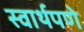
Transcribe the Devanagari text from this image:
स्वार्थपणे